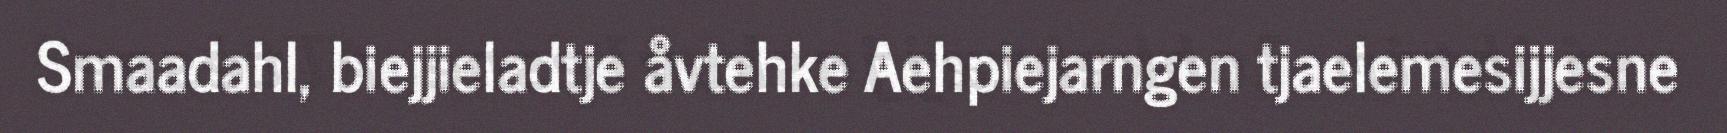
Smaadahl, biejjieladtje åvtehke Aehpiejarngen tjaelemesijjesne